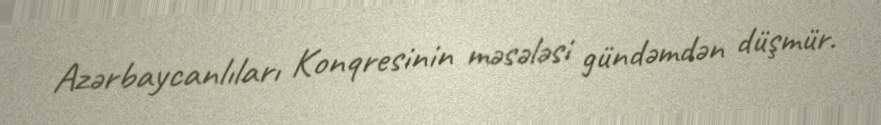
Azərbaycanlıları Konqresinin məsələsi gündəmdən düşmür.